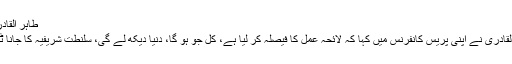
طاہر القادری کا اعلان
ڈاکٹر طاہر القادری نے اپنی پریس کانفرنس میں کہا کہ لائحہ عمل کا فیصلہ کر لیا ہے، کل جو ہو گا، دنیا دیکھ لے گی، سلنطت شریفیہ کا جانا ٹھہر گیا ہے۔